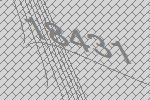
18431